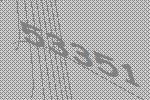
53351